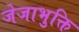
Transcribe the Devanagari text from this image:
जेजाभुक्ति